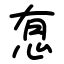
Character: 㤫